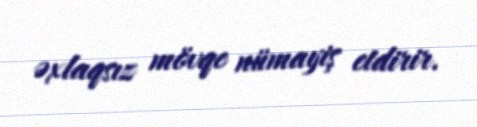
əxlaqsız mövqe nümayiş etdirir.